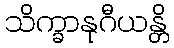
သိက္ခာနုဂီယန္တိ